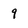
Character: 9